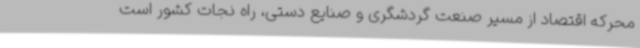
محرکه اقتصاد از مسیر صنعت گردشگری و صنایع دستی، راه نجات کشور است